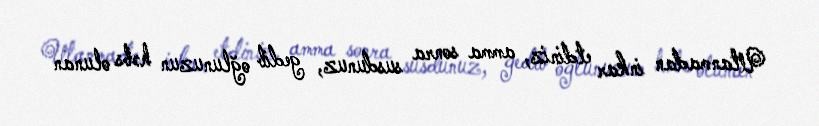
Utanmadan inkar etdiniz, amma sonra susdunuz, gedib oğlunuzun həbs olunan